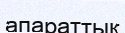
апараттық